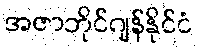
အဇာဘိုင်ဂျန်နိုင်ငံ